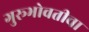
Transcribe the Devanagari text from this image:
गुरूभोवतीचा